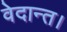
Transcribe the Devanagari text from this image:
वेदान्त।